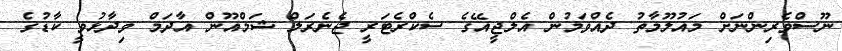
ނޫސްވެރިންނަށް މައުލޫމާތު ދެއްވަމުން އެލްޖީއޭގެ ސެކްރެޓަރީ ޖެނެރަލް ޝަމްއޫން އާދަމް ވިދާޅުވީ ކާޑުގެ